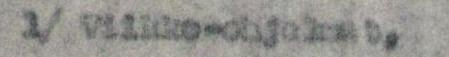
1/ Viikko-ohjelmat,